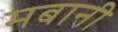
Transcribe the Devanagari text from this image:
मबानी